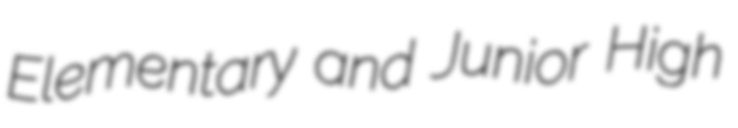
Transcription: Elementary and Junior High